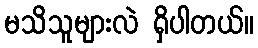
မသိသူများလဲ ရှိပါတယ်။